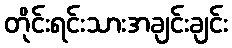
တိုင်းရင်းသားအချင်းချင်း